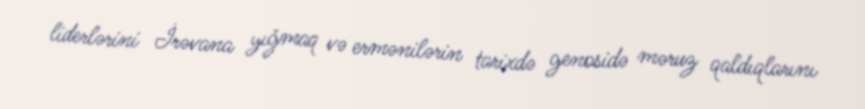
liderlərini İrəvana yığmaq və ermənilərin tarixdə genosidə məruz qaldıqlarını